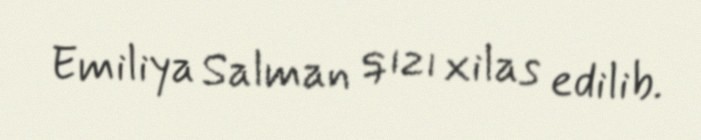
Emiliya Salman qızı xilas edilib.